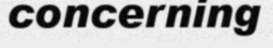
concerning